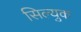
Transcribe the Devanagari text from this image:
सिल्युक